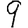
Digit: 9